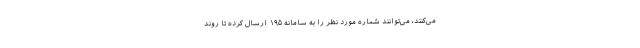
می‌کنند، می‌توانند شماره مورد نظر را به سامانه ۱۹۵ ارسال کرده تا روند